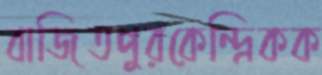
বাজিতপুরকেন্দ্রিকক